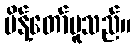
မိန့်တော်မူသည်။